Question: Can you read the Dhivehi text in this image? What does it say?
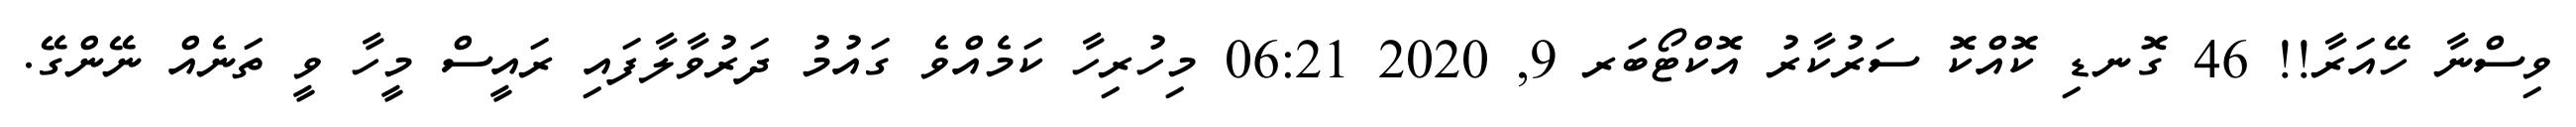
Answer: ވިސްނާ ހޭއަރާ!! 46 ގޮނޑި ކޮއްކޮ ސަރުކާރު އޮކްޓޯބަރ 9, 2020 06:21 މިހުރިހާ ކަމެއްވެ ގައުމު ދަރުވާލާފައި ރައީސް މީހާ ވީ ތަނެއް ނޭންގޭ.